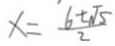
x = \frac { 6 \pm \sqrt { 5 } } { 2 }